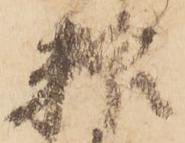
粮